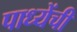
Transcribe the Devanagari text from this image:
पाध्येंची